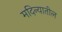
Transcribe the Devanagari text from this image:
मदिन्यातील